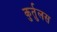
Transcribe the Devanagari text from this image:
कुर्तुलस